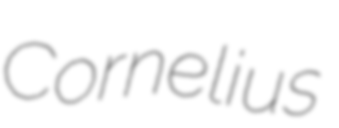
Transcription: Cornelius